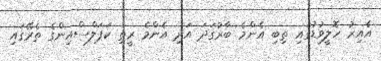
އެއިރު ހޮލީވުޑުގައި ތިބި އެންމެ ބާރުގަދަ އަދި އެންމެ ރީތި ކަޕަލްސްއިންގެ ތެރޭގައި